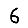
Digit: 6